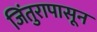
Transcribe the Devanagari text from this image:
जिंतुरापासून